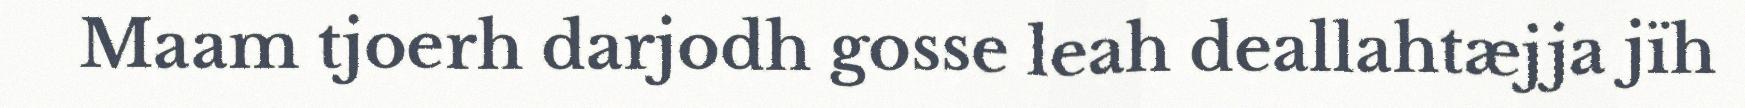
Maam tjoerh darjodh gosse leah deallahtæjja jïh